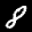
Label: 8